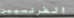
الفرنسيين